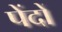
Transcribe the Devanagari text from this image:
पेंदों